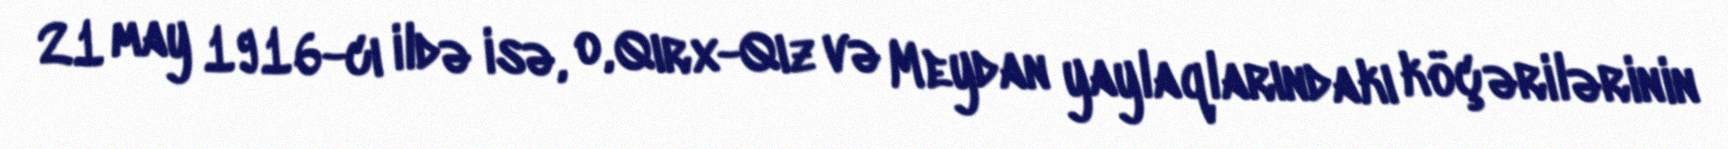
21 may 1916-cı ildə isə, o, Qırx-Qız və Meydan yaylaqlarındakı köçərilərinin